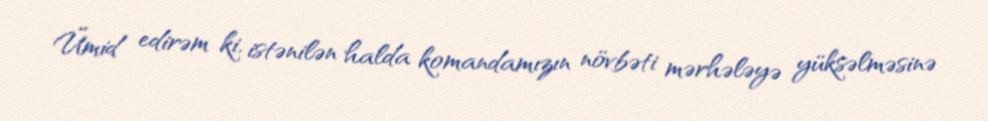
Ümid edirəm ki, istənilən halda komandamızın növbəti mərhələyə yüksəlməsinə